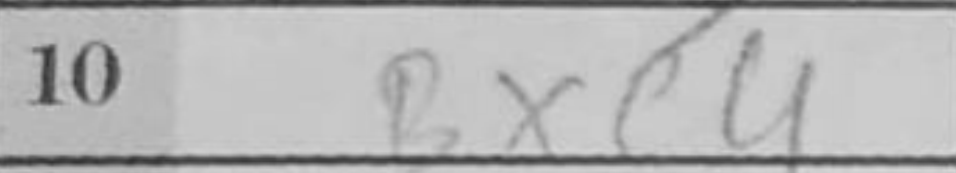
Transcription: Bxe4